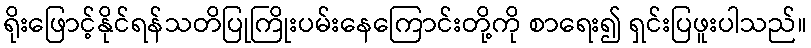
ရိုးဖြောင့်နိုင်ရန်သတိပြုကြိုးပမ်းနေကြောင်းတို့ကို စာရေး၍ ရှင်းပြဖူးပါသည်။